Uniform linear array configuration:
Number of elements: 4
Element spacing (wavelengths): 0.25
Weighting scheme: kaiser
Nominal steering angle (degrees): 45
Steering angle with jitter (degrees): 43.44
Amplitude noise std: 0.05
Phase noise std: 0.05

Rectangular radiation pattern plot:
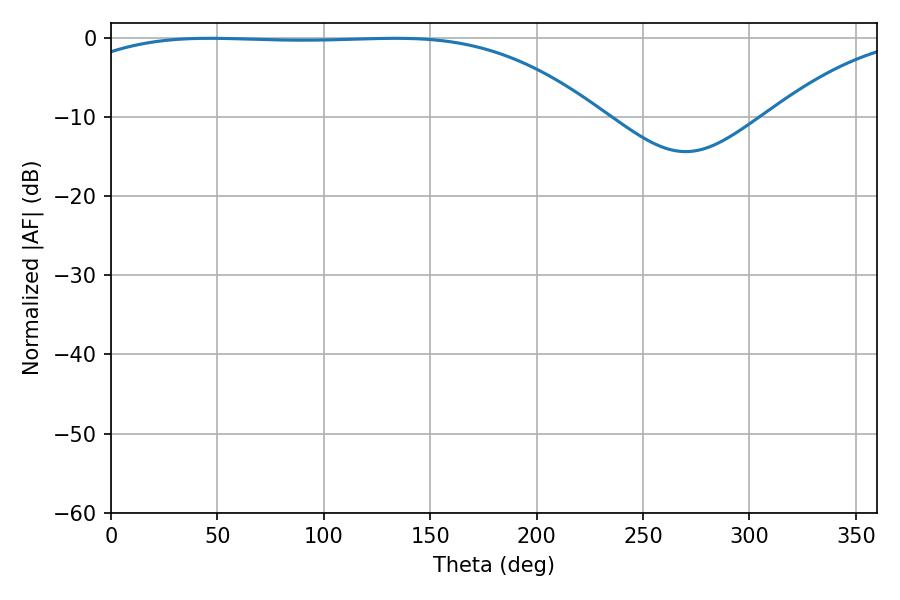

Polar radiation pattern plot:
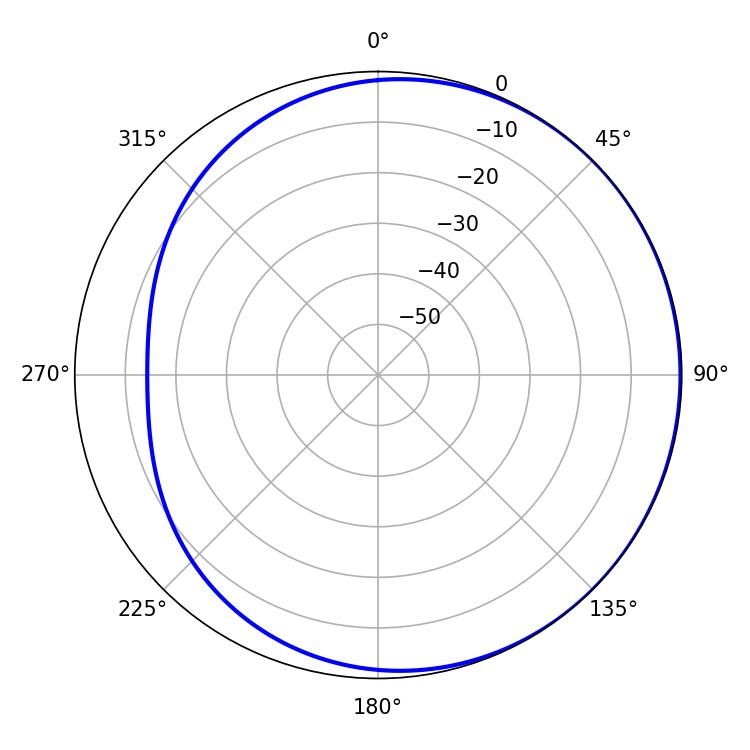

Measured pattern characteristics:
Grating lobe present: FALSE
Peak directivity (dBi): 0.8386
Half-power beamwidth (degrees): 192.78
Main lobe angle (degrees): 46.44